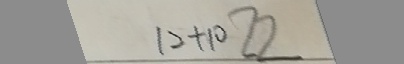
1 2 + 1 0 2 2